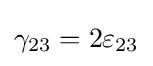
\gamma _{23}=2\varepsilon _{23}